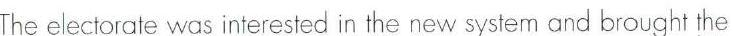
The electorate was interested in the new system and brought the